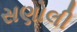
સણોલી